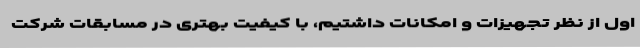
اول از نظر تجهیزات و امکانات داشتیم، با کیفیت بهتری در مسابقات شرکت